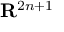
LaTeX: \mathbf { R } ^ { 2 n + 1 }